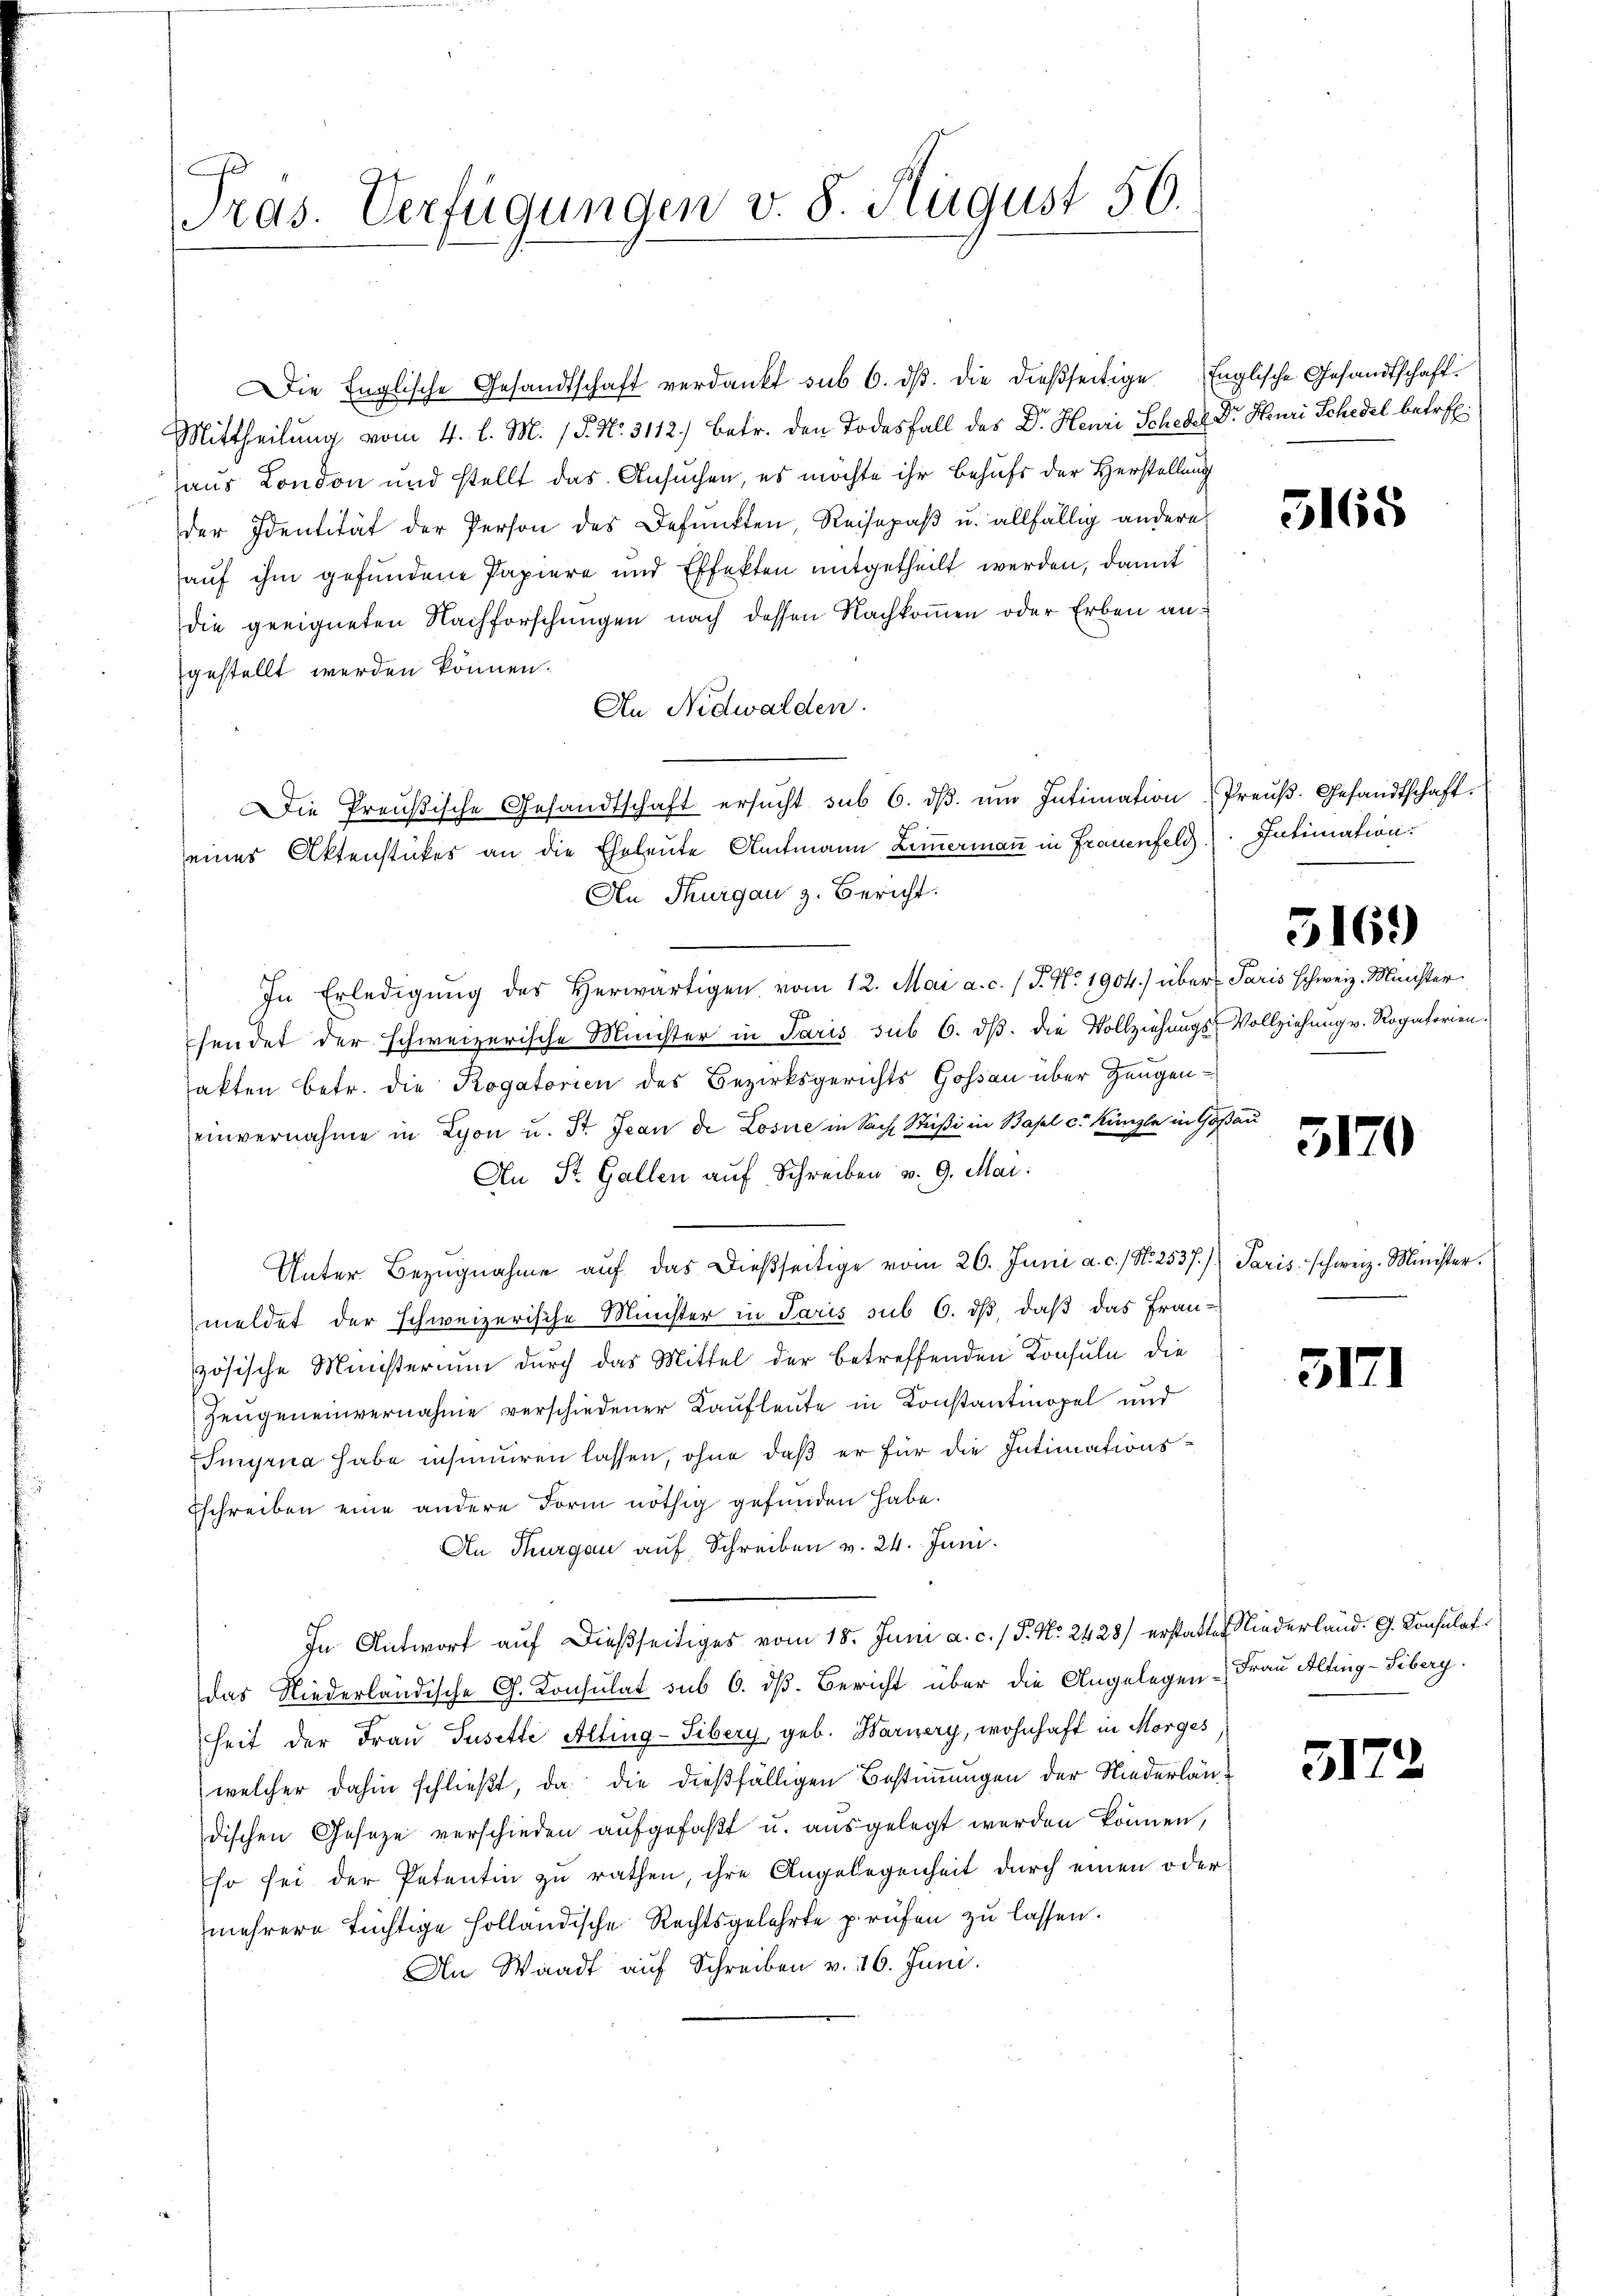
ras. Verfügungen v. 8. August 50.

Die Englische Gesandtschaft verdankt sub 6. dβ. die dießseitige Englische Gesandtschaft.
Mittheilung vom 4. l. M. P. Nr. 3112) betr. den Todesfall des Dr. Henri Scheder Dr. Muri Schedel betrefaus London und stellt das Ansuchen, es möchte ihr Behufs der Herstellung
der Identität der Person des Befunkten, Reisepaß u. allfällig andere
auf ihm gefundene Papiere und Effekten mitgetheilt werden, damit
die geeigneten Nachforschungen nach dessen Nachkoṁen oder Erben an
gestellt werden können.
An Nidwalden.
Die Preußische Gesandtschaft ersŭcht sub 6. dβ ŭm Intimation Preuß. Gesandtschaft.
eines Aktenstückes an die Eheleute Amtmann Zimmermaṅ in Frauenfeld). Intimation.
An Thurgau z. Bericht.
In Erledigŭng des Herwärtigen vom 12. Mai a. c. (T. No 1904.) über Paris schweiz. Minister
sendet der schweizerische Minister in Paris sub 6. dβ. die Vollziehungs-Vollziehung v. Rogatorien.
sakten betr. die Rogatorien des Bezirksgerichts Goßau über Zeugeneinvernahme in Lyon u. St. Jean de Losne in Sache Stüßi in Basel c. Kanzle in Goßau
An St. Gallen auf Schreiben v. 9. Mai:
Unter Bezugnahme auf das dießseitige vom 26. Juni a. c., N. 2537. Paris schweiz. Minister.
meldet der schweizerische Minister in Paris sub 6. dß, daß das Französische Ministerium durch das Mittel der betreffenden Konsuln die
Zeugeneinvernahme verschiedener Kaufleute in Konstantinopel und
Smyrna habe insinuiren lassen, ohne daß er für die Intimations¬
Eschreiben eine andere Form nöthig gefunden habe.
An Thurgau auf Schreiben v. 24. Juni.
In Antwort auf dießseitiges vom 18. Juni a. c. / P. Nr. 2428 erstatten Niederland. G. Konsulat
das Niederländische G. Konsulat sub 6. dß. Bericht über die Angelegen - Frau Alting-Siberg.
heit der Frau Susette Alting-Sibery, geb. Warnery, wohnhaft in Morges
welcher dahin schließt, da die dießfälligen Bestimmungen der Niederländischen Geseze verschieden aufgefaßt u. ausgelegt werden können,
Ehr sei der Petentin zu rathen, ihre Angelegenheit durch einen oder
mehrere tüchtige Holländische Rechtsgelehrte prüfen zu lassen.
An Waadt auf Schreiben v. 26. Juni.

5165

5169)

5120

5171

5172